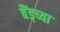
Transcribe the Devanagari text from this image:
बैंड्च्या